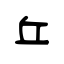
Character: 丘